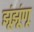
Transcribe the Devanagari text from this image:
झूंझूंणू